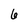
Character: 6